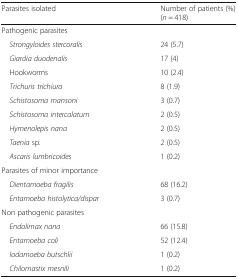
| Parasites isolated | Number of patients (%)(n = 418) |
 | --- | --- |
 | <COLSPAN=2> Pathogenic parasites |
 | Strongyloides stercoralis | 24 (5.7) |
 | Giardia duodenalis | 17 (4) |
 | Hookworms | 10 (2.4) |
 | Trichuris trichiura | 8 (1.9) |
 | Schistosoma mansoni | 3 (0.7) |
 | Schistosoma intercalatum | 2 (0.5) |
 | Hymenolepis nana | 2 (0.5) |
 | Taenia sp. | 2 (0.5) |
 | Ascaris lumbricoides | 1 (0.2) |
 | <COLSPAN=2> Parasites of minor importance |
 | Dientamoeba fragilis | 68 (16.2) |
 | Entamoeba histolytica/dispar | 3 (0.7) |
 | <COLSPAN=2> Non pathogenic parasites |
 | Endolimax nana | 66 (15.8) |
 | Entamoeba coli | 52 (12.4) |
 | Iodamoeba butschlii | 1 (0.2) |
 | Chilomastix mesnili | 1 (0.2) |